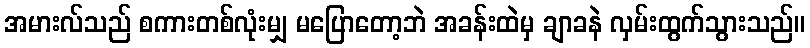
အမားလ်သည် စကားတစ်လုံးမျှ မပြောတော့ဘဲ အခန်းထဲမှ ချာခနဲ လှမ်းထွက်သွားသည်။